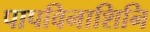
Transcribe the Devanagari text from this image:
पापविनाशिनि